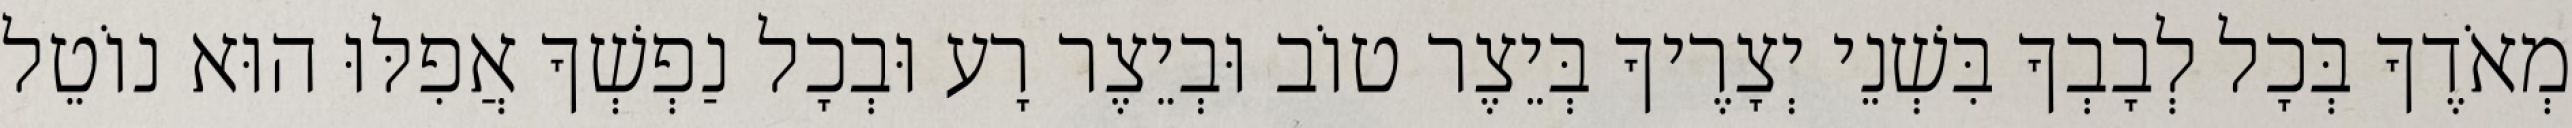
מְאֹדֶךָ בְּכָל לְבָבְךָ בִּשְׁנֵי יְצָרֶיךָ בְּיֵצֶר טוֹב וּבְיֵצֶר רָע וּבְכָל נַפְשְׁךָ אֲפִלּוּ הוּא נוֹטֵל